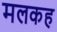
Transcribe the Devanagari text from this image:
मलकह